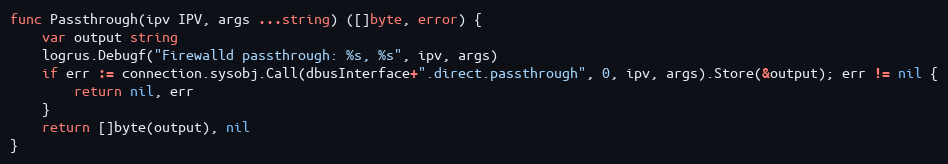
Language: Go
func Passthrough(ipv IPV, args ...string) ([]byte, error) {
	var output string
	logrus.Debugf("Firewalld passthrough: %s, %s", ipv, args)
	if err := connection.sysobj.Call(dbusInterface+".direct.passthrough", 0, ipv, args).Store(&output); err != nil {
		return nil, err
	}
	return []byte(output), nil
}